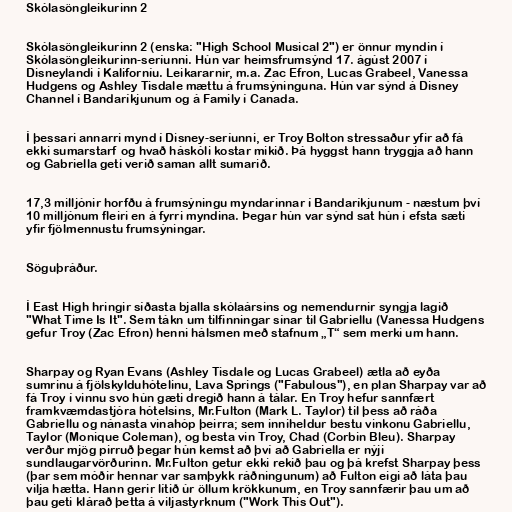
Skólasöngleikurinn 2

Skólasöngleikurinn 2 (enska: "High School Musical 2") er önnur myndin í
Skólasöngleikurinn-seríunni. Hún var heimsfrumsýnd 17. ágúst 2007 í
Disneylandi í Kaliforníu. Leikararnir, m.a. Zac Efron, Lucas Grabeel, Vanessa
Hudgens og Ashley Tisdale mættu á frumsýninguna. Hún var sýnd á Disney
Channel í Bandaríkjunum og á Family í Canada.

Í þessari annarri mynd í Disney-seríunni, er Troy Bolton stressaður yfir að fá
ekki sumarstarf og hvað háskóli kostar mikið. Þá hyggst hann tryggja að hann
og Gabriella geti verið saman allt sumarið.

17,3 milljónir horfðu á frumsýningu myndarinnar í Bandaríkjunum - næstum því
10 milljónum fleiri en á fyrri myndina. Þegar hún var sýnd sat hún í efsta sæti
yfir fjölmennustu frumsýningar.

Söguþráður.

Í East High hringir síðasta bjalla skólaársins og nemendurnir syngja lagið
"What Time Is It". Sem tákn um tilfinningar sínar til Gabriellu (Vanessa Hudgens
gefur Troy (Zac Efron) henni hálsmen með stafnum „T“ sem merki um hann.

Sharpay og Ryan Evans (Ashley Tisdale og Lucas Grabeel) ætla að eyða
sumrinu á fjölskylduhótelinu, Lava Springs ("Fabulous"), en plan Sharpay var að
fá Troy í vinnu svo hún gæti dregið hann á tálar. En Troy hefur sannfært
framkvæmdastjóra hótelsins, Mr.Fulton (Mark L. Taylor) til þess að ráða
Gabriellu og nánasta vinahóp þeirra; sem inniheldur bestu vinkonu Gabriellu,
Taylor (Monique Coleman), og besta vin Troy, Chad (Corbin Bleu). Sharpay
verður mjög pirruð þegar hún kemst að því að Gabriella er nýji
sundlaugarvörðurinn. Mr.Fulton getur ekki rekið þau og þá krefst Sharpay þess
(þar sem móðir hennar var samþykk ráðningunum) að Fulton eigi að láta þau
vilja hætta. Hann gerir lítið úr öllum krökkunum, en Troy sannfærir þau um að
þau geti klárað þetta á viljastyrknum ("Work This Out").